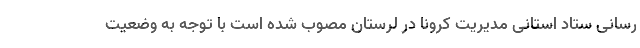
رسانی ستاد استانی مدیریت کرونا در لرستان مصوب شده است با توجه به وضعیت